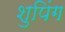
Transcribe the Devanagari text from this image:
शुपिंग